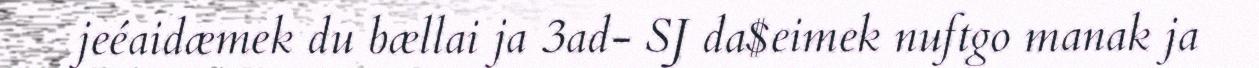
jeéaidæmek du bællai ja 3ad- SJ da$eimek nuftgo manak ja